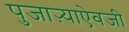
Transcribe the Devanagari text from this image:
पुजाऱ्याऐवजी